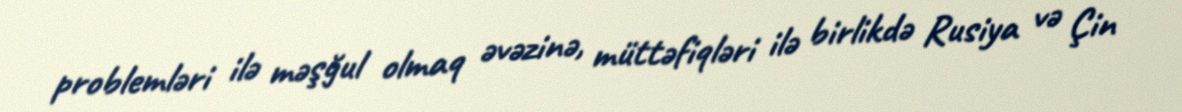
problemləri ilə məşğul olmaq əvəzinə, müttəfiqləri ilə birlikdə Rusiya və Çin